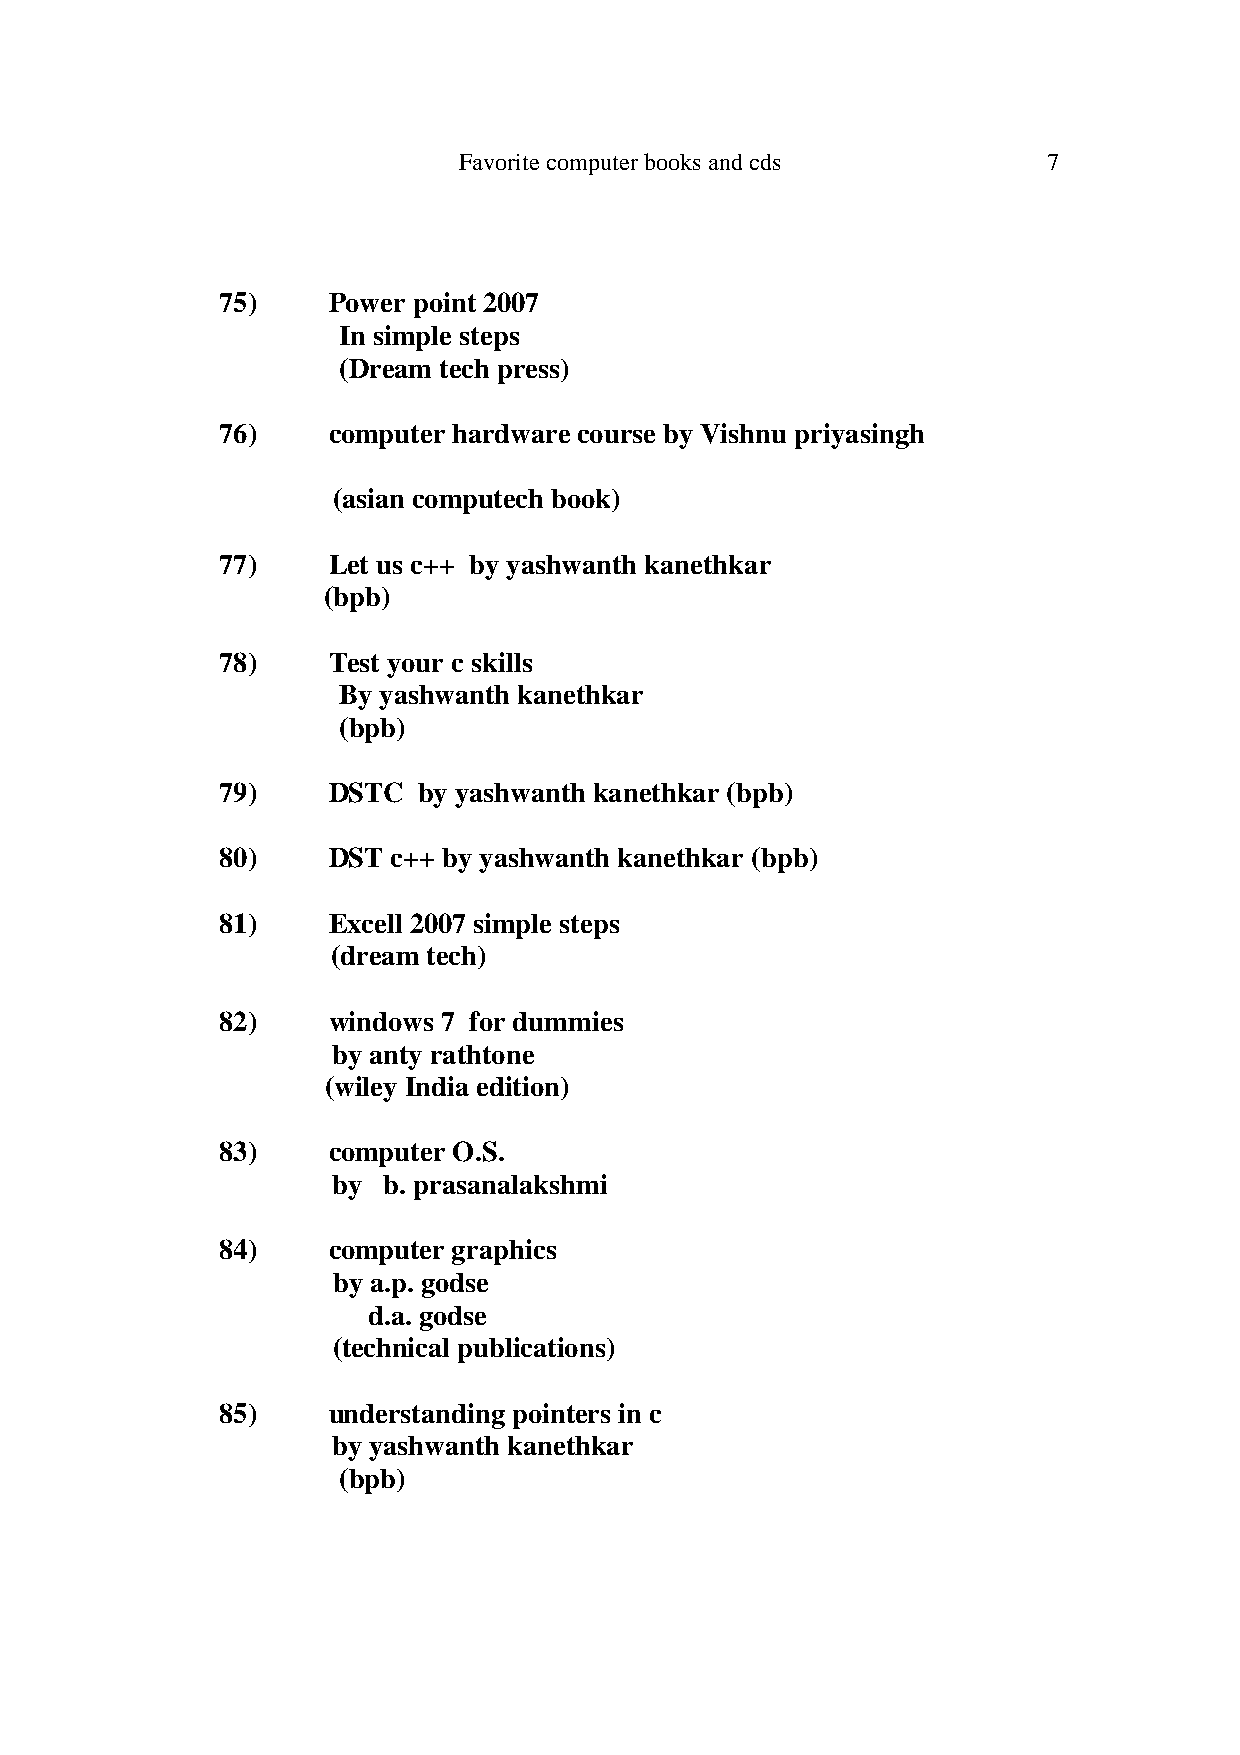
Favorite computer books and cds        7
 75)     Power point 2007
 In simple steps
 (Dream tech press)
 76)     computer hardware course by Vishnu priyasingh
 (asian computech book)
 77)     Let us c++ by yashwanth kanethkar
 (bpb)
 78)     Test your c skills
 By yashwanth kanethkar
 (bpb)
 79)     DSTC  by yashwanth kanethkar (bpb)
 80)     DST c++ by yashwanth kanethkar (bpb)
 81)     Excell 2007 simple steps
 (dream tech)
 82)     windows 7 for dummies
 by anty rathtone
 (wiley India edition)
 83)     computer O.S.
 by b. prasanalakshmi
 84)     computer graphics
 by a.p. godse
 d.a. godse
 (technical publications)
 85)     understanding pointers in c
 by yashwanth kanethkar
 (bpb)